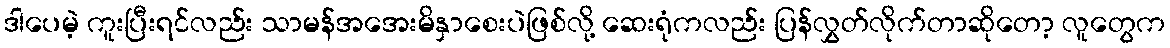
ဒါပေမဲ့ ကူးပြီးရင်လည်း သာမန်အအေးမိနှာစေးပဲဖြစ်လို့ ဆေးရုံကလည်း ပြန်လွှတ်လိုက်တာဆိုတော့ လူတွေက